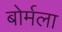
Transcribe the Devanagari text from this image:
बोर्मला